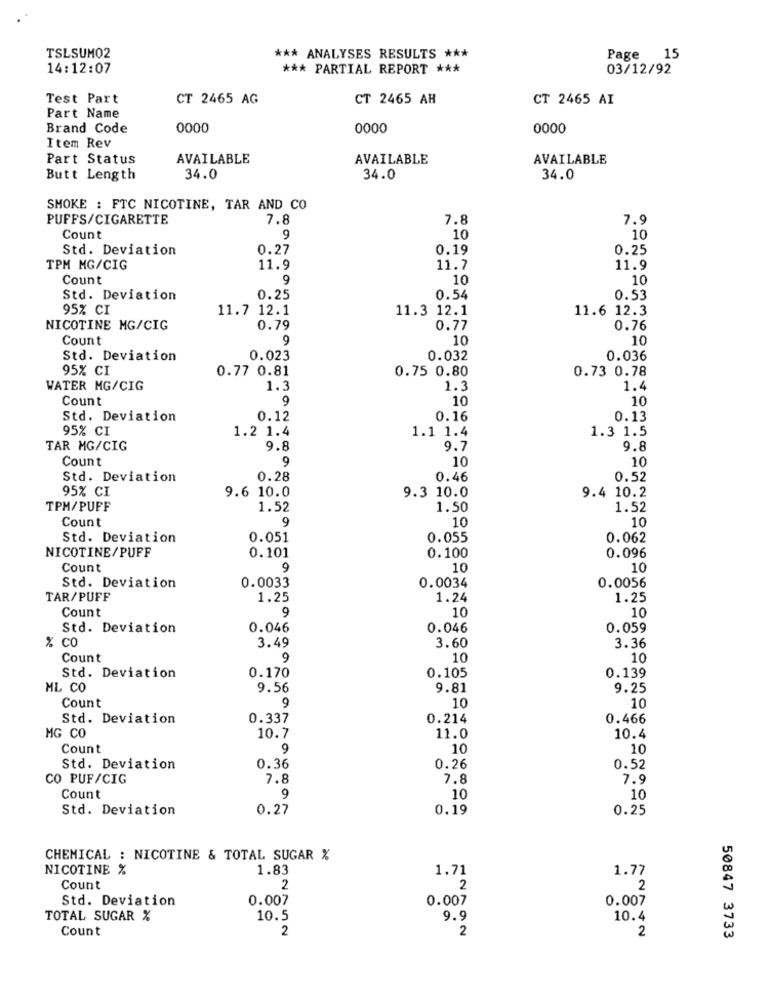
TSLSUM02
*** ANALYSES RESULTS ***
Page 15
14:12:07
*** PARTIAL REPORT ***
03/12/92
Test Part
CT 2465 AG
CT 2465 AH
CT 2465 AI
Part Name
Brand Code
0000
0000
0000
Item Rev
Part Status
AVAILABLE
AVAILABLE
AVAILABLE
Butt Length
34.0
34.0
34.0
SMOKE : FTC NICOTINE, TAR AND CO
PUFFS/CIGARETTE
7.8
7.8
7.9
Count
9
10
10
Std. Deviation
0.27
0.19
0.25
TPM MG/CIG
11.9
11.7
11.9
Count
9
10
10
Std. Deviation
0.25
0.54
0.53
95% CI
11.7 12.1
11.3 12.1
11.6 12.3
NICOTINE MG/CIG
0.79
0.77
0.76
Count
9
10
10
Std. Deviation
0.023
0.032
0.036
95% CI
0.77 0.81
0.75 0.80
0.73 0.78
WATER MG/CIG
1.3
1.3
1.4
Count
9
10
10
Std. Deviation
0.12
0.16
0.13
95% CI
1.2 1.4
1.1 1.4
1.3 1.5
TAR MG/CIG
9.8
9.7
9.8
Count
9
10
10
Std. Deviation
0.28
0.46
0.52
95% CI
9.6 10.0
9.3 10.0
9.4 10.2
TPM/PUFF
1.52
1.50
1.52
Count
9
10
10
Std. Deviation
0.051
0.055
0.062
NICOTINE/PUFF
0.101
0.100
0.096
Count
9
10
10
Std. Deviation
0.0033
0.0034
0.0056
TAR/PUFF
1.25
1.24
1.25
Count
9
10
10
Std. Deviation
0.046
0.046
0.059
% CO
3.49
3.60
3.36
Count
9
10
10
Std. Deviation
0.105
0.139
0.170
ML CO
9.56
9.81
9.25
Count
10
10
9
Std. Deviation
0.337
0.214
0.466
MG CO
10.7
11.0
10.4
Count
9
10
10
Std. Deviation
0.36
0.26
0.52
CO PUF/CIG
7.8
7.8
7.9
Count
9
10
10
Std. Deviation
0.27
0.19
0.25
CHEMICAL : NICOTINE & TOTAL SUGAR %
NICOTINE %
1.83
1.71
1.77
Count
2
2
2
Std. Deviation
0.007
0.007
0.007
TOTAL SUGAR %
10.5
9.9
10.4
Count
2
2
2
50847 3733